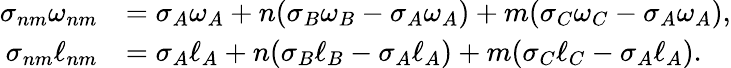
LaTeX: \begin{array}{rl}{\sigma_{nm}\omega_{nm}}&{=\sigma_{A}\omega_{A}+n(\sigma_{B}\omega_{B}-\sigma_{A}\omega_{A})+m(\sigma_{C}\omega_{C}-\sigma_{A}\omega_{A}),}\\ {\sigma_{nm}\ell_{nm}}&{=\sigma_{A}\ell_{A}+n(\sigma_{B}\ell_{B}-\sigma_{A}\ell_{A})+m(\sigma_{C}\ell_{C}-\sigma_{A}\ell_{A}).}\end{array}